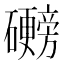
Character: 𬒩